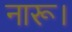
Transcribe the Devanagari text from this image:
नारू।